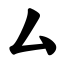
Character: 厶